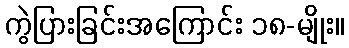
ကွဲပြားခြင်းအကြောင်း ၁၈-မျိုး။